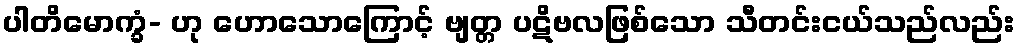
ပါတိမောက္ခံ- ဟု ဟောသောကြောင့် ဗျတ္တ ပဋိဗလဖြစ်သော သီတင်းငယ်သည်လည်း